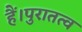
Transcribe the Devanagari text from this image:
हैं।पुरातत्व